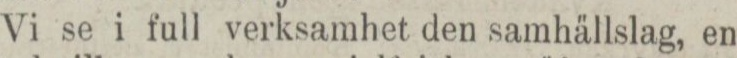
Vi se i full verksamhet den samhällslag, en-